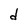
Character: d